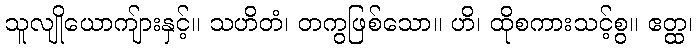
သူလျိုယောကျ်ားနှင့်။ သဟိတံ၊ တကွဖြစ်သော။ ဟိ၊ ထိုစကားသင့်စွ။ ဧတ္ထ၊